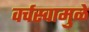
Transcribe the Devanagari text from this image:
वर्चस्वामुळे